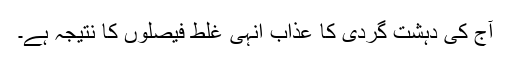
آج کی دہشت گردی کا عذاب انہی غلط فیصلوں کا نتیجہ ہے۔